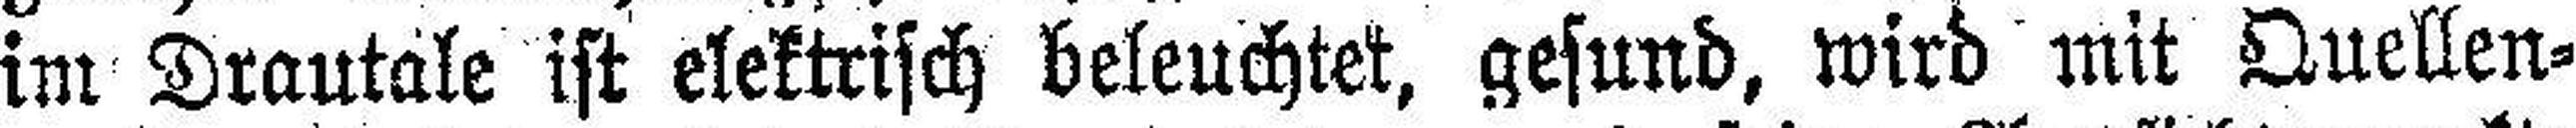
im Drautale ist elektrisch beleuchtet, gesund, wird mit Quellen¬